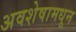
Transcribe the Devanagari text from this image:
अवशेषामधून